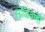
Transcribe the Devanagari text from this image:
संजिवणी